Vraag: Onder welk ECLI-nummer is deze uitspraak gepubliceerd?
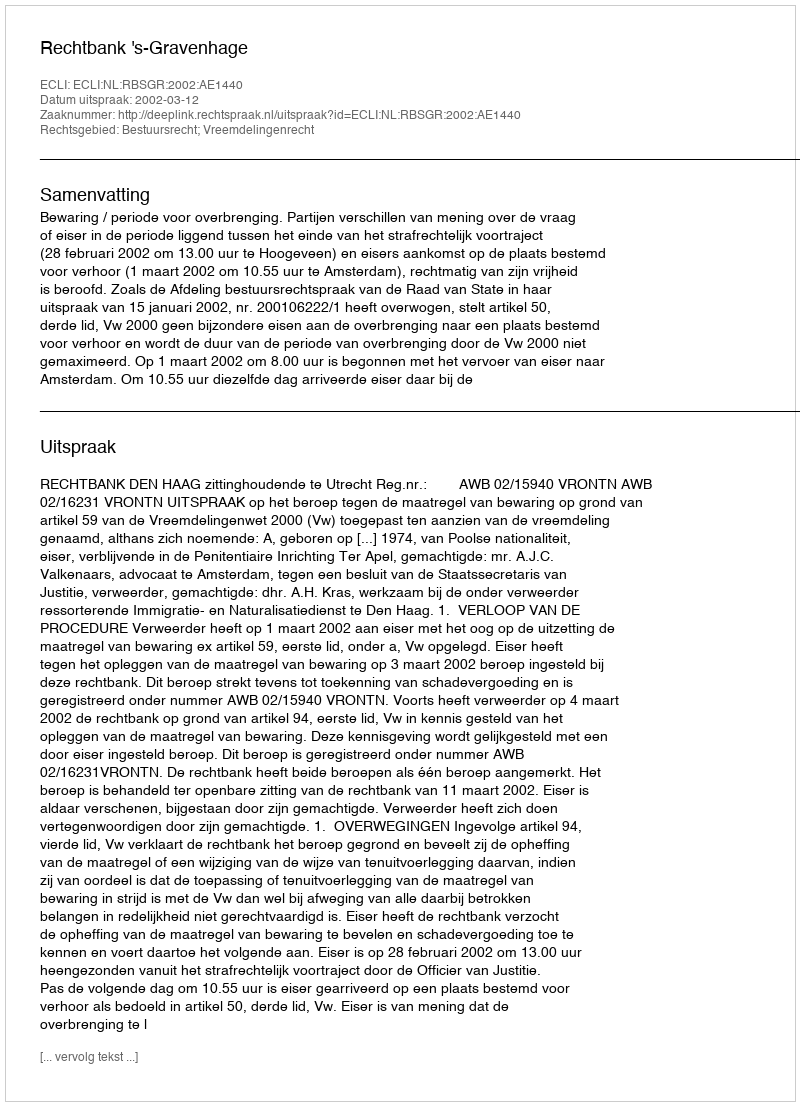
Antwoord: ECLI:NL:RBSGR:2002:AE1440